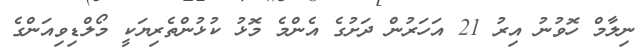
ނިލާމް ހޮވުނު އިރު 21 އަހަރުން ދަށުގެ އެންމެ މޮޅު ކުޅުންތެރިޔަކީ މޯލްޑިވިއަންގެ